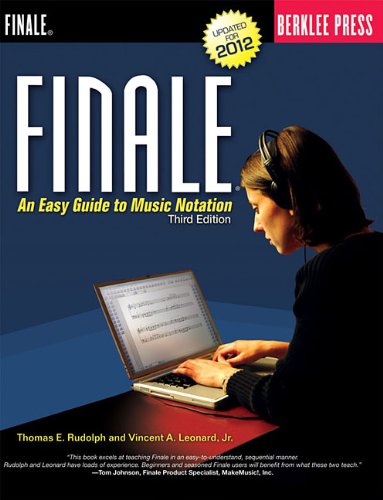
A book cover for Finale: An Easy Guide to Music Notation - Third Edition; Thomas E. Rudolph; Arts & Photography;